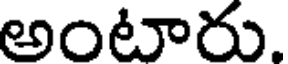
అంటారు.